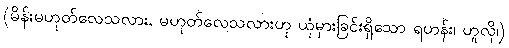
(မိန်းမဟုတ်လေသလား, မဟုတ်လေသလားဟု ယုံမှားခြင်းရှိသော ရဟန်း၊ ဟူလို၊)